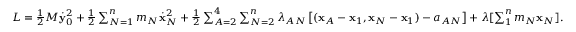
\begin{array} { r } { L = \frac 1 2 M \dot { \bf y } _ { 0 } ^ { 2 } + \frac 1 2 \sum _ { N = 1 } ^ { n } m _ { N } \dot { \bf x } _ { N } ^ { 2 } + \frac 1 2 \sum _ { A = 2 } ^ { 4 } \sum _ { N = 2 } ^ { n } \lambda _ { A N } \left[ ( { \bf x } _ { A } - { \bf x } _ { 1 } , { \bf x } _ { N } - { \bf x } _ { 1 } ) - a _ { A N } \right] + \boldsymbol { \lambda } [ \sum _ { 1 } ^ { n } m _ { N } { \bf x } _ { N } ] . } \end{array}